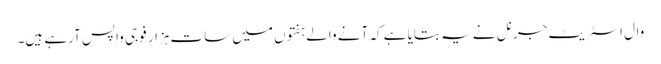
وال اسٹریٹ جرنل نے یہ بتایا ہے کہ آنے والے ہفتوں میں سات ہزار فوجی واپس آرہے ہیں۔